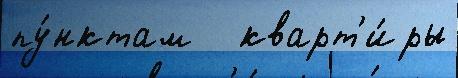
пу́нктам   кварт'и́ры